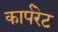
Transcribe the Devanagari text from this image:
कार्परेट